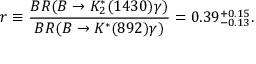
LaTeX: r \equiv \frac { B R ( B \to K _ { 2 } ^ { * } ( 1 4 3 0 ) \gamma ) } { B R ( B \to K ^ { * } ( 8 9 2 ) \gamma ) } = 0 . 3 9 _ { - 0 . 1 3 } ^ { + 0 . 1 5 } .